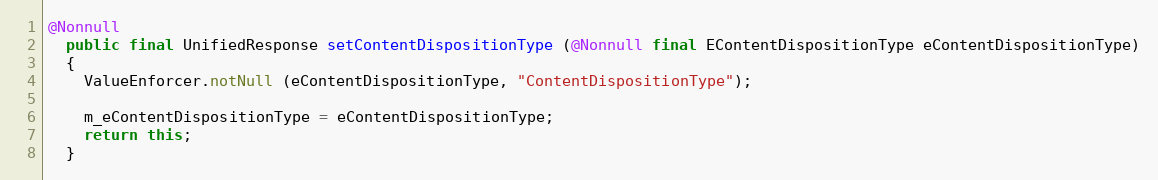
Language: Java
@Nonnull
  public final UnifiedResponse setContentDispositionType (@Nonnull final EContentDispositionType eContentDispositionType)
  {
    ValueEnforcer.notNull (eContentDispositionType, "ContentDispositionType");

    m_eContentDispositionType = eContentDispositionType;
    return this;
  }